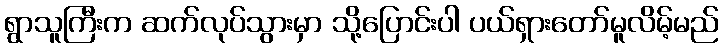
ရွာသူကြီးက ဆက်လုပ်သွားမှာ သို့ပြောင်းပါ ပယ်ရှားတော်မူလိမ့်မည်